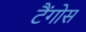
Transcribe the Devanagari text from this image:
टैंगोस